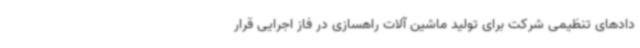
دادهای تنظیمی شرکت برای تولید ماشین آلات راهسازی در فاز اجرایی قرار